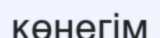
көнегім